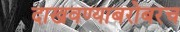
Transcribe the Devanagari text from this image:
दाखवण्याबरोबरच